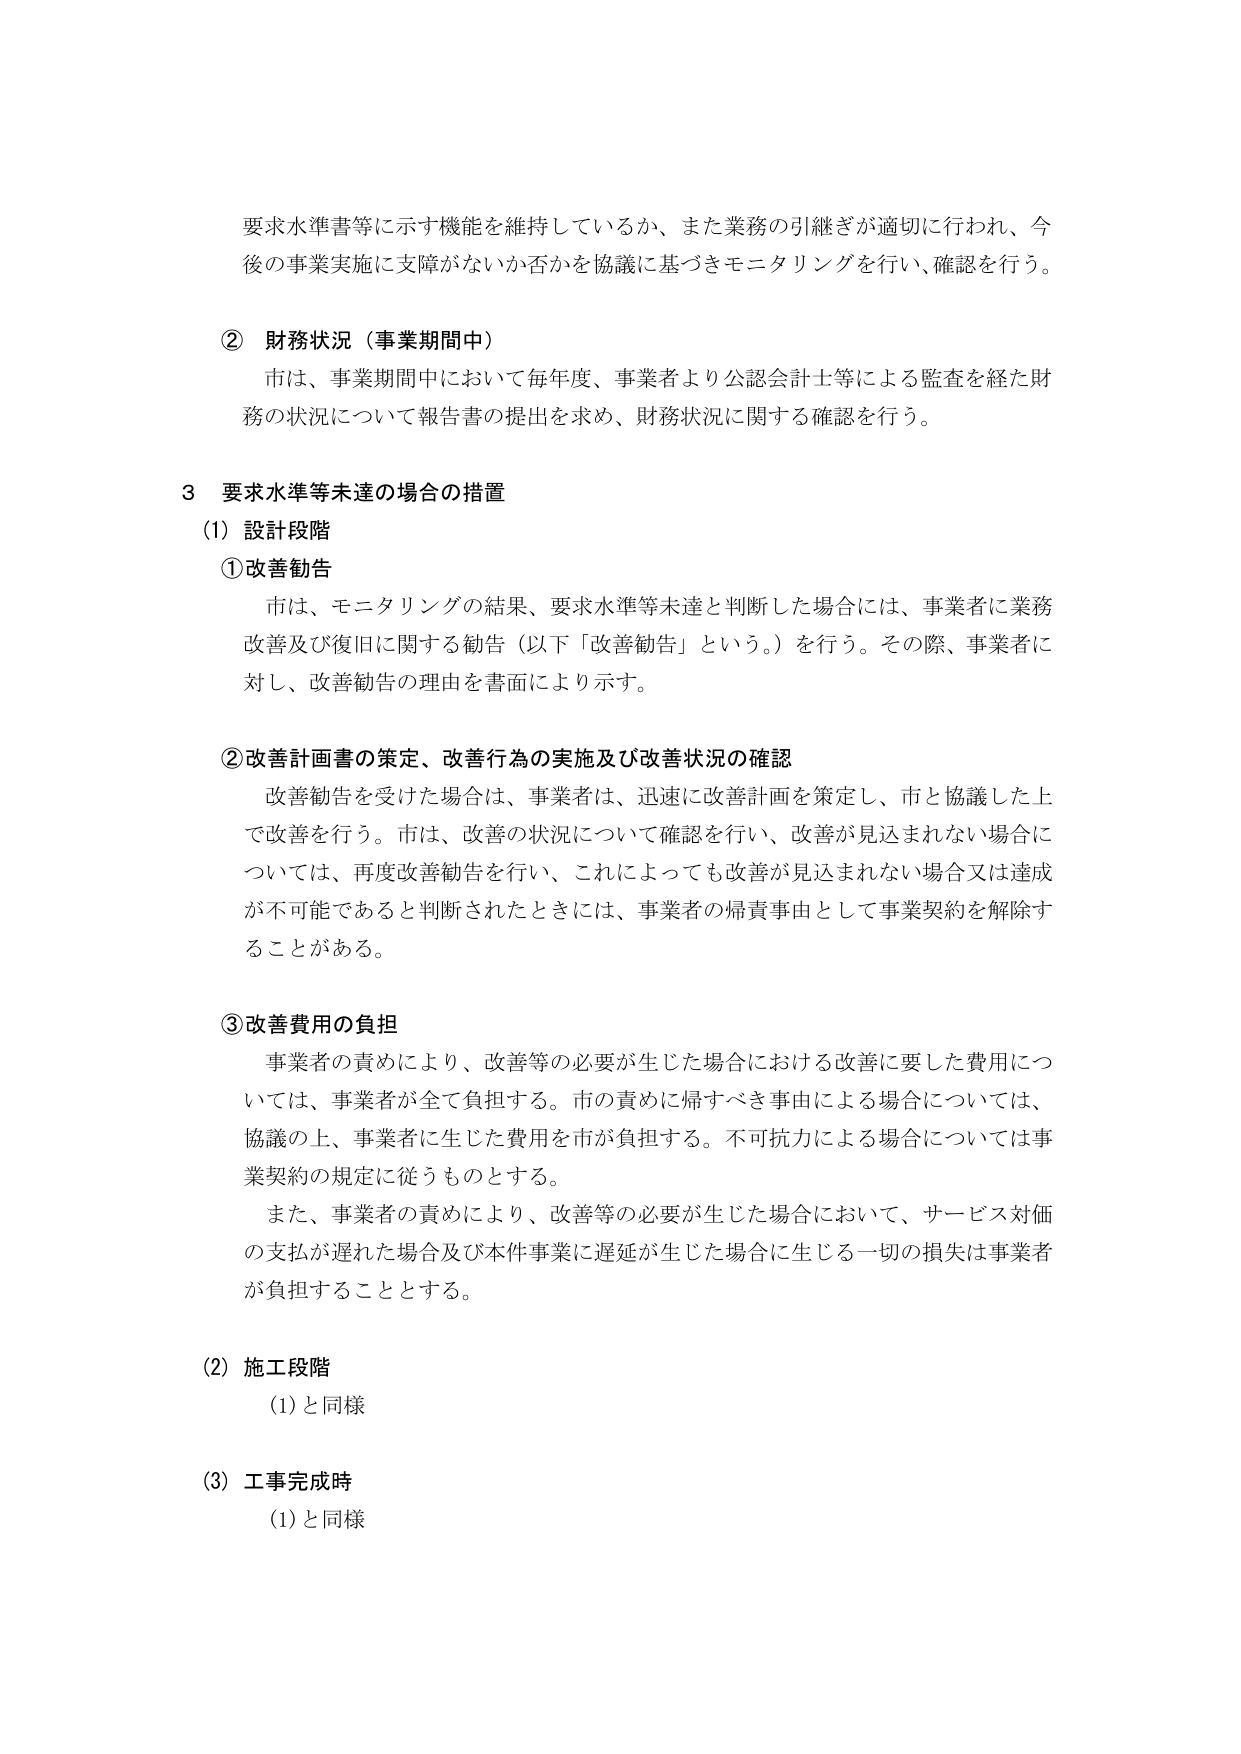
要求水準書等に示す機能を維持しているか、また業務の引継ぎが適切に行われ、今後の事業実施に支障がないか否かを協議に基づきモニタリングを行い、確認を行う。

② 財務状況（事業期間中）
市は、事業期間中において毎年度、事業者より公認会計士等による監査を経た財務の状況について報告書の提出を求め、財務状況に関する確認を行う。

3 要求水準等未達の場合の措置
(1) 設計段階
①改善勧告
市は、モニタリングの結果、要求水準等未達と判断した場合には、事業者に業務改善及び復旧に関する勧告（以下「改善勧告」という。）を行う。その際、事業者に対し、改善勧告の理由を書面により示す。

②改善計画書の策定、改善行為の実施及び改善状況の確認
改善勧告を受けた場合は、事業者は、迅速に改善計画を策定し、市と協議した上で改善を行う。市は、改善の状況について確認を行い、改善が見込まれない場合については、再度改善勧告を行い、これによっても改善が見込まれない場合又は達成が不可能であると判断されたときには、事業者の帰責事由として事業契約を解除することがある。

③改善費用の負担
事業者の責めにより、改善等の必要が生じた場合における改善に要した費用については、事業者が全て負担する。市の責めに帰すべき事由による場合については、協議の上、事業者に生じた費用を市が負担する。不可抗力による場合については事業契約の規定に従うものとする。
また、事業者の責めにより、改善等の必要が生じた場合において、サービス対価の支払が遅れた場合及び本件事業に遅延が生じた場合に生じる一切の損失は事業者が負担することとする。

(2) 施工段階
(1)と同様

(3) 工事完成時
(1)と同様